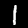
Label: 1